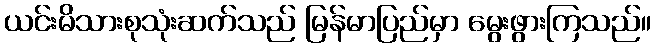
ယင်းမိသားစုသုံးဆက်သည် မြန်မာပြည်မှာ မွေးဖွားကြသည်။